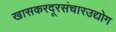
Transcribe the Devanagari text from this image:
खासकरदूरसंचारउद्योग